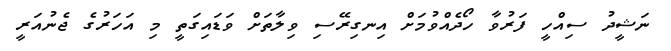
ނަޝީދު ސިއްހީ ފަރުވާ ހޯދެއްވުމަށް އިނގިރޭސި ވިލާތަށް ވަޑައިގަތީ މި އަހަރުގެ ޖެނުއަރީ